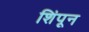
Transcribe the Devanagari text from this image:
शिंपून